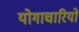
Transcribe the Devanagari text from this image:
योगाचारियों